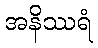
အနိဿရံ